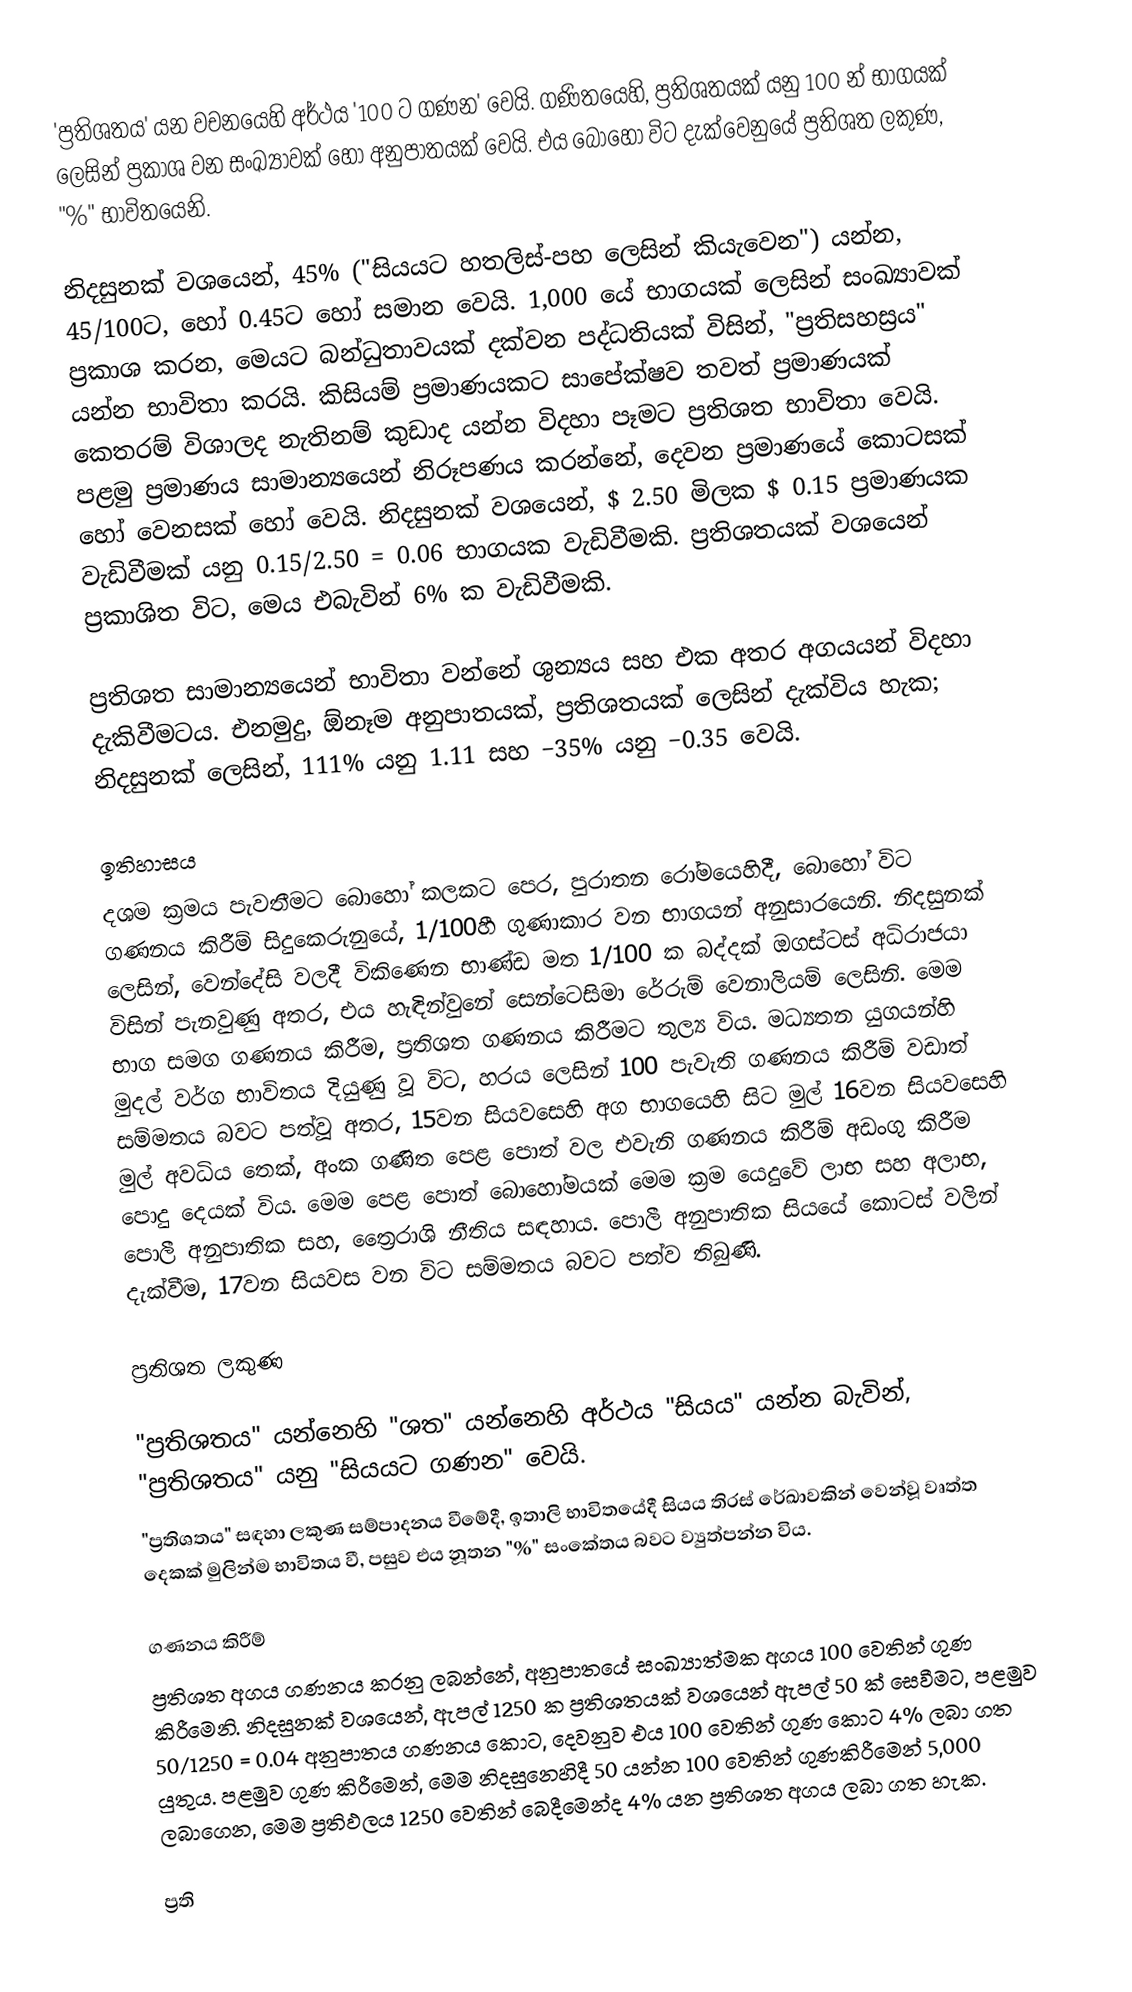
'ප්‍රතිශතය' යන වචනයෙහි අර්ථය  '100 ට ගණන' වෙයි. ගණිතයෙහි, ප්‍රතිශතයක් යනු  100 න්  භාගයක් ලෙසින් ප්‍රකාශ වන සංඛ්‍යාවක් හෝ  අනුපාතයක් වෙයි. එය බොහෝ විට දැක්වෙනුයේ  ප්‍රතිශත ලකුණ, "%" භාවිතයෙනි.

නිදසුනක් වශයෙන්, 45% ("සියයට හතලිස්-පහ ලෙසින් කියැවෙන") යන්න,  45/100ට, හෝ 0.45ට හෝ සමාන වෙයි. 1,000 යේ භාගයක් ලෙසින් සංඛ්‍යාවක් ප්‍රකාශ කරන,  මෙයට බන්ධුතාවයක් දක්වන පද්ධතියක් විසින්,  "ප්‍රතිසහස්‍රය" යන්න භාවිතා කරයි. කිසියම් ප්‍රමාණයකට සාපේක්ෂව තවත් ප්‍රමාණයක් කෙතරම් විශාලද නැතිනම් කුඩාද යන්න විදහා පෑමට ප්‍රතිශත භාවිතා වෙයි. පළමු ප්‍රමාණය සාමාන්‍යයෙන් නිරූපණය කරන්නේ, දෙවන ප්‍රමාණයේ කොටසක් හෝ වෙනසක් හෝ වෙයි. නිදසුනක් වශයෙන්,  $ 2.50 මිලක $ 0.15 ප්‍රමාණයක වැඩිවීමක් යනු 0.15/2.50 = 0.06 භාගයක වැඩිවීමකි. ප්‍රතිශතයක් වශයෙන් ප්‍රකාශිත විට, මෙය එබැවින් 6% ක වැඩිවීමකි.

ප්‍රතිශත සාමාන්‍යයෙන් භාවිතා වන්නේ ශුන්‍යය සහ එක අතර අගයයන් විදහා දැකිවීමටය. එනමුදු, ඕනෑම අනුපාතයක්, ප්‍රතිශතයක් ලෙසින් දැක්විය හැක; නිදසුනක් ලෙසින්, 111% යනු 1.11 සහ −35% යනු −0.35 වෙයි.

ඉතිහාසය
දශම ක්‍රමය පැවතීමට බොහෝ කලකට පෙර,  පුරාතන රෝමයෙහිදී, බොහෝ විට ගණනය කිරීම් සිදුකෙරුනුයේ, 1/100හී ගුණාකාර වන භාගයන් අනුසාරයෙනි. නිදසුනක් ලෙසින්, වෙන්දේසි වලදී විකිණෙන භාණ්ඩ මත  1/100 ක බද්දක් ඔගස්ටස් අධිරාජයා විසින් පැනවුණු අතර, එය හැඳින්වුනේ සෙන්ටෙසිමා රේරුම් වෙනාලියම් ලෙසිනි. මෙම භාග සමග ගණනය කිරීම, ප්‍රතිශත ගණනය කිරීමට තුල්‍ය විය. මධ්‍යතන යුගයන්හි මුදල් වර්ග භාවිතය දියුණු වූ විට, හරය ලෙසින් 100 පැවැති ගණනය කිරීම් වඩාත් සම්මතය බවට පත්වූ අතර,  15වන සියවසෙහි අග භාගයෙහි සිට  මුල් 16වන සියවසෙහි මුල් අවධිය තෙක්, අංක ගණිත පෙළ පොත් වල එවැනි ගණනය කිරීම් අඩංගු කිරීම පොදු දෙයක් විය. මෙම පෙළ පොත් බොහෝමයක් මෙම ක්‍රම යෙදුවේ ලාභ සහ අලාභ, පොලී අනුපාතික සහ,  ත්‍රෛරාශි නීතිය සඳහාය. පොලී අනුපාතික සියයේ කොටස් වලින් දැක්වීම, 17වන සියවස වන විට සම්මතය බවට පත්ව තිබුණි.

ප්‍රතිශත ලකුණ

"ප්‍රතිශතය" යන්නෙහි  "ශත" යන්නෙහි අර්ථය "සියය" යන්න බැවින්, "ප්‍රතිශතය"  යනු "සියයට ගණන" වෙයි.
 "ප්‍රතිශතය" සඳහා ලකුණ සම්පාදනය වීමේදී, ඉතාලි භාවිතයේදී සියය තිරස් රේඛාවකින් වෙන්වූ වෘත්ත දෙකක් මුලින්ම භාවිතය වී, පසුව එය නූතන  "%" සංකේතය බවට ව්‍යුත්පන්න විය.

ගණනය කිරීම්
ප්‍රතිශත අගය ගණනය කරනු ලබන්නේ, අනුපාතයේ සංඛ්‍යාත්මක අගය  100 වෙතින් ගුණ කිරීමෙනි. නිදසුනක් වශයෙන්, ඇපල් 1250 ක ප්‍රතිශතයක් වශයෙන් ඇපල් 50 ක් සෙවීමට, පළමුව 50/1250 = 0.04 අනුපාතය ගණනය කොට, දෙවනුව එය  100 වෙතින් ගුණ කොට 4% ලබා ගත යුතුය. පළමුව ගුණ කිරීමෙන්, මෙම නිදසුනෙහිදී 50 යන්න 100 වෙතින් ගුණකිරීමෙන් 5,000 ලබාගෙන, මෙම ප්‍රතිඵලය  1250 වෙතින් බෙදීමෙන්ද 4% යන ප්‍රතිශත අගය ලබා ගත හැක.

ප්‍රති